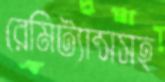
রেমিট্যান্সসহ